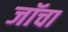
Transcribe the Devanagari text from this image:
जॉचा